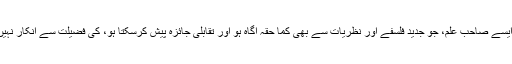
ہمیں ایسے صاحبِ علم، جو جدید فلسفے اور نظریات سے بھی کما حقہٗ آگاہ ہو اور تقابلی جائزہ پیش کرسکتا ہو، کی فضیلت سے انکار نہیں ہے۔